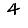
Digit: 4